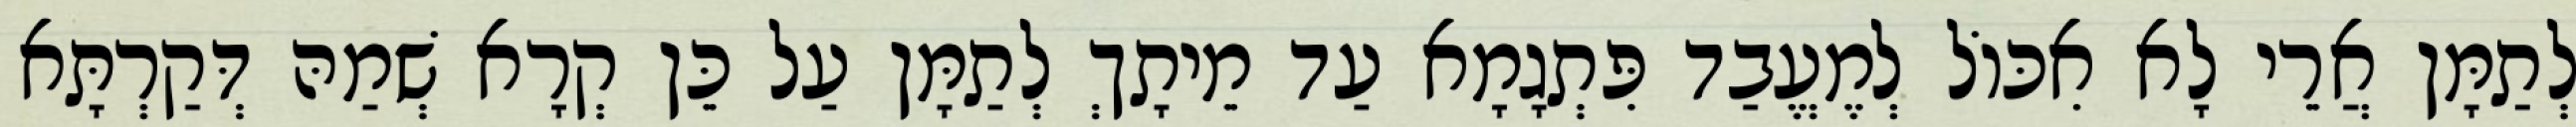
לְתַמָּן אֲרֵי לָא אִכּוֹל לְמֶעֱבַד פִּתְגָמָא עַד מֵיתָךְ לְתַמָּן עַל כֵּן קְרָא שְׁמַהּ דְּקַרְתָּא